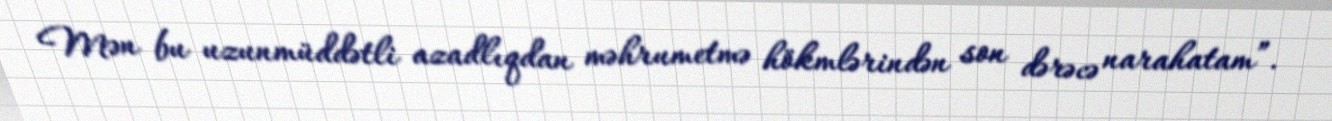
Mən bu uzunmüddətli azadlıqdan məhrumetmə hökmlərindən son dərəcə narahatam”.